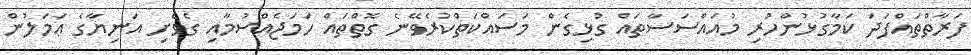
ފަރާތްތައްފަދަ ކަމާގުޅުންހުރި މުއައްސަސާތައް ގުޅިގެން މަސައްކަތްކުރެވޭނެ ގޮތްތައް ހަމަޖެއްސުމާއި ގެވެށި އަނިޔާގެ ޢަމަލުން